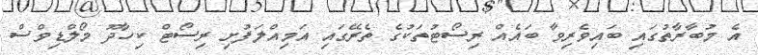
އެ މުބާރާތުގައި ބައިވެރިވާ ބައެއް ރިސޯޓުތަކުގެ ތެރޭގައި އަމިއްލަފުށި ރިސޯޓް ކިހާދޫ މޯލްޑިވްސް